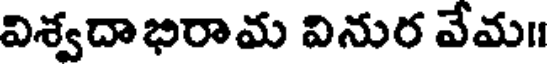
విశ్వదాభిరామ వినుర వేమ॥